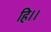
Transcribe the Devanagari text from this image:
हि।।